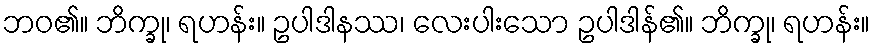
ဘဝ၏။ ဘိက္ခု၊ ရဟန်း။ ဥပါဒါနဿ၊ လေးပါးသော ဥပါဒါန်၏။ ဘိက္ခု၊ ရဟန်း။